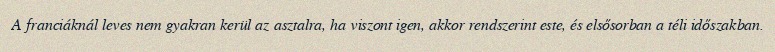
A franciáknál leves nem gyakran kerül az asztalra, ha viszont igen, akkor rendszerint este, és elsősorban a téli időszakban.